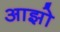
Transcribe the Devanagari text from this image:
आझो